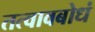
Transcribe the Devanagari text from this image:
तत्वावबोधं